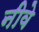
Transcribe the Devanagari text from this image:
नीवे